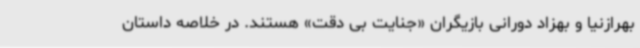
بهرازنیا و بهزاد دورانی بازیگران «جنایت بی دقت» هستند. در خلاصه داستان